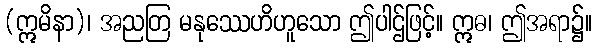
(ဣမိနာ)၊ အညတြ မနုဿေဟိဟူသော ဤပါဌ်ဖြင့်။ ဣဓ၊ ဤအရာ၌။